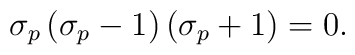
\sigma _p\left( \sigma _p-1\right) \left( \sigma _p+1\right) =0 .